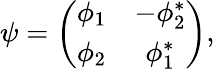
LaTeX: \psi=\left(\begin{array}{cc}{{\phi_{1}}}&{{-\phi_{2}^{*}}}\\ {{\phi_{2}}}&{{\phi_{1}^{*}}}\end{array}\right),